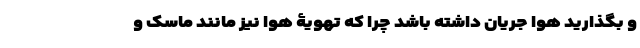
و بگذارید هوا جریان داشته باشد چرا که تهویۀ هوا نیز مانند ماسک و